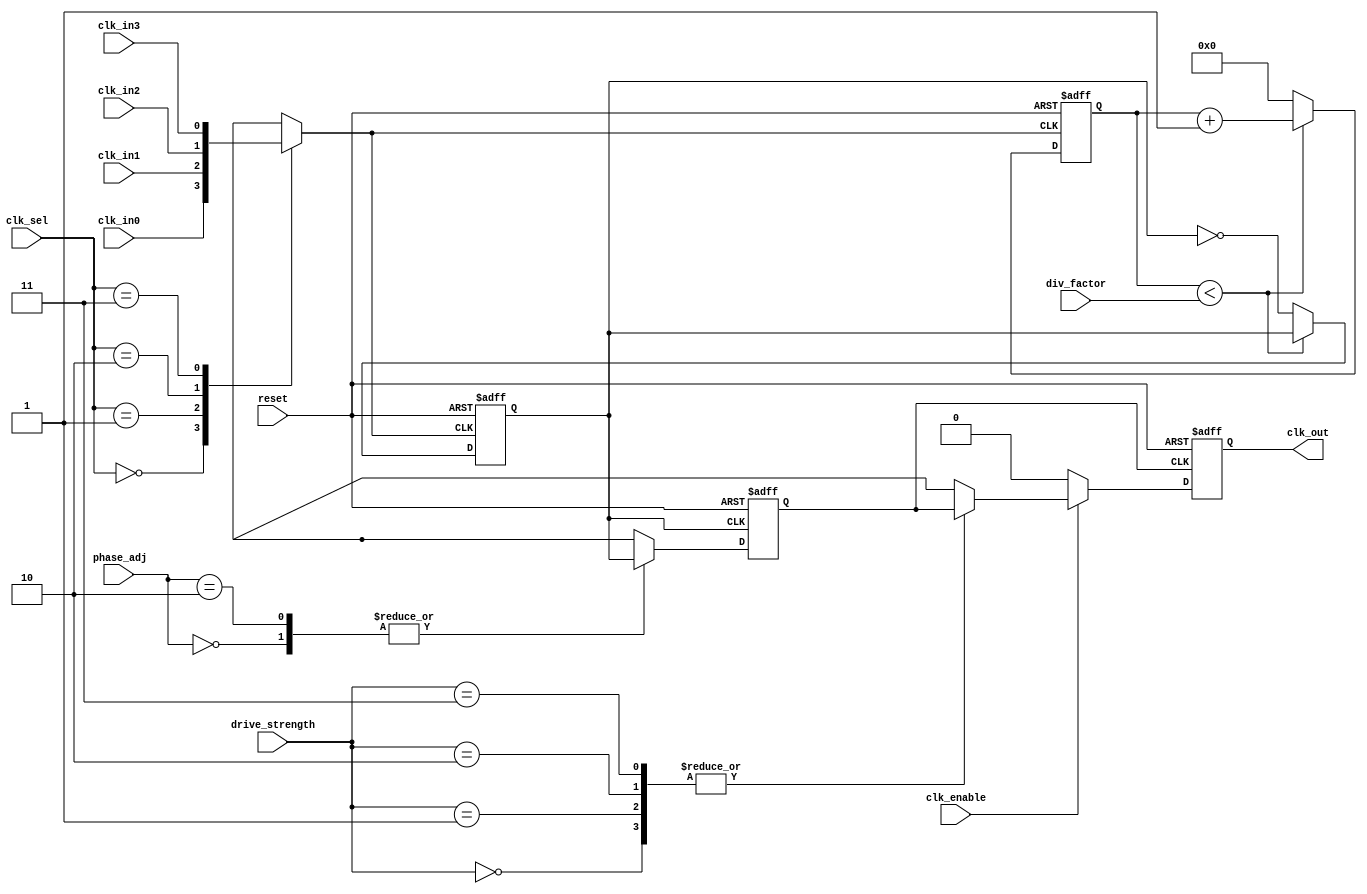
module ProgrammableClockBuffer (
    input wire clk_in0,         // Clock Input 0
    input wire clk_in1,         // Clock Input 1
    input wire clk_in2,         // Clock Input 2
    input wire clk_in3,         // Clock Input 3
    input wire [1:0] clk_sel,   // Clock Selection (2 bits for 4 inputs)
    input wire [3:0] div_factor, // Division Factor (4 bits)
    input wire [1:0] phase_adj,  // Phase Adjustment (2 bits)
    input wire [1:0] drive_strength, // Drive Strength Control (2 bits)
    input wire clk_enable,       // Clock Enable for Gating
    input wire reset,            // Reset Signal
    output reg clk_out           // Clock Output
);

// Internal signals
reg selected_clk;
reg divided_clk;
reg phase_adjusted_clk;
reg [3:0] counter;

// Clock Selection MUX
always @(*) begin
    case (clk_sel)
        2'b00: selected_clk = clk_in0;
        2'b01: selected_clk = clk_in1;
        2'b10: selected_clk = clk_in2;
        2'b11: selected_clk = clk_in3;
        default: selected_clk = clk_in0; // Default case
    endcase
end

// Frequency Divider
always @(posedge selected_clk or posedge reset) begin
    if (reset) begin
        counter <= 0;
        divided_clk <= 0;
    end else begin
        if (counter < div_factor) begin
            counter <= counter + 1;
        end else begin
            divided_clk <= ~divided_clk; // Toggle output clock
            counter <= 0; // Reset counter
        end
    end
end

// Phase Adjustment
always @(posedge divided_clk or posedge reset) begin
    if (reset) begin
        phase_adjusted_clk <= 0;
    end else begin
        case (phase_adj)
            2'b00: phase_adjusted_clk <= divided_clk; // No phase adjustment
            2'b01: phase_adjusted_clk <= {divided_clk[0], divided_clk[1]}; // 90 degrees phase shift
            2'b10: phase_adjusted_clk <= {divided_clk[1], divided_clk[0]}; // 180 degrees phase shift
            2'b11: phase_adjusted_clk <= {divided_clk[0], divided_clk[1]}; // 270 degrees phase shift
            default: phase_adjusted_clk <= divided_clk; // Default case
        endcase
    end
end

// Drive Strength Control (simplified)
always @(posedge phase_adjusted_clk or posedge reset) begin
    if (reset) begin
        clk_out <= 0;
    end else if (clk_enable) begin
        case (drive_strength)
            2'b00: clk_out <= phase_adjusted_clk; // Low drive strength
            2'b01: clk_out <= phase_adjusted_clk; // Medium drive strength
            2'b10: clk_out <= phase_adjusted_clk; // High drive strength
            2'b11: clk_out <= phase_adjusted_clk; // Maximum drive strength
            default: clk_out <= phase_adjusted_clk; // Default case
        endcase
    end else begin
        clk_out <= 0; // Gated clock output
    end
end

endmodule